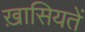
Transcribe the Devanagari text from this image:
ख़ासियतें